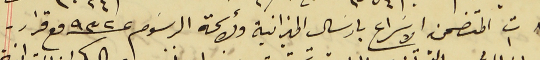
٨ ت١ المتضمن الاسَراع بارسَال الميزانية ولائحة الرسَوم عـ ٩٣٢ مع قرار